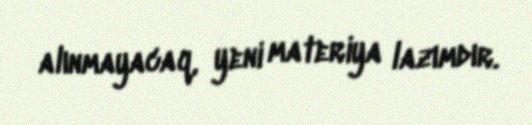
alınmayacaq, yeni materiya lazımdır.